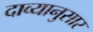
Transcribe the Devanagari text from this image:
दाव्यानुसार